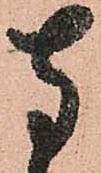
寺